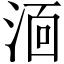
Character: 𭰫